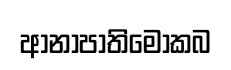
ආනාපාතිමොකබ